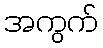
အကွက်